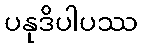
ပနုဒိပါပဿ